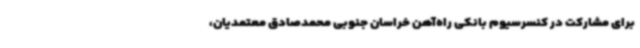
برای مشارکت در کنسرسیوم بانکی راه‌آهن خراسان جنوبی محمدصادق معتمدیان،